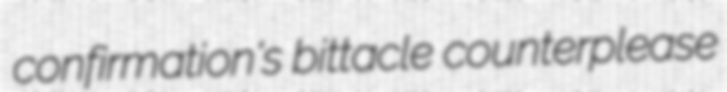
confirmation's bittacle counterplease